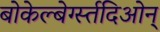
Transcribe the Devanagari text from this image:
बोकेल्बेर्ग्स्तदिओन्